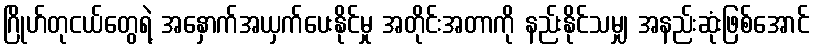
ဂြိုဟ်တုငယ်တွေရဲ့ အနှောက်အယှက်ပေးနိုင်မှု အတိုင်းအတာကို နည်းနိုင်သမျှ အနည်းဆုံးဖြစ်အောင်